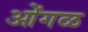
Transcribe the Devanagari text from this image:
ओंगळ